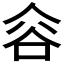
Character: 𰶐